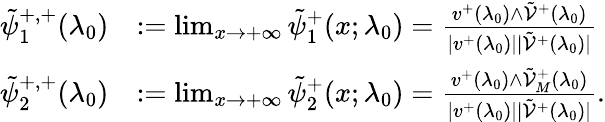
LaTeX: \begin{array}{rl}{\tilde{\psi}_{1}^{+,+}(\lambda_{0})}&{:=\operatorname*{lim}_{x\to+\infty}\tilde{\psi}_{1}^{+}(x;\lambda_{0})=\frac{v^{+}(\lambda_{0})\wedge\tilde{\mathcal{V}}^{+}(\lambda_{0})}{|v^{+}(\lambda_{0})||\tilde{\mathcal{V}}^{+}(\lambda_{0})|}}\\ {\tilde{\psi}_{2}^{+,+}(\lambda_{0})}&{:=\operatorname*{lim}_{x\to+\infty}\tilde{\psi}_{2}^{+}(x;\lambda_{0})=\frac{v^{+}(\lambda_{0})\wedge\tilde{\mathcal{V}}_{M}^{+}(\lambda_{0})}{|v^{+}(\lambda_{0})||\tilde{\mathcal{V}}^{+}(\lambda_{0})|}.}\end{array}